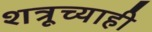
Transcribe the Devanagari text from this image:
शत्रूच्याही